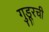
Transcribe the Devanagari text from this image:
गुडूरची